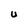
Character: U